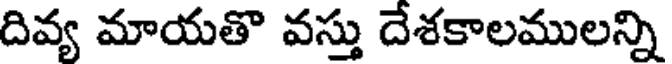
దివ్య మాయతొ వస్తు దేశకాలములన్ని